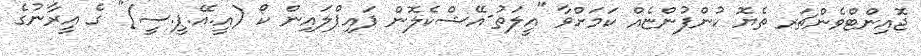
ޖޮއިންޓްވެންޗަރ ތެޔޮ ކުންފުންޏެއް ކަމަށްވާ "އީލަތު-އޭޝްކެލޮން ޕައިޕްލައިން ކޯ (އީ.އޭ.ޕީ.ސީ)" ގެ އީރާނުގެ